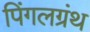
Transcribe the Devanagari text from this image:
पिंगलग्रंथ